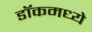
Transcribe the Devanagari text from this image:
डॉकमध्ये